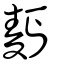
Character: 麫